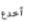
أخدع